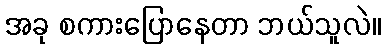
အခု စကားပြောနေတာ ဘယ်သူလဲ။